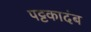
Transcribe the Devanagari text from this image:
पट्टकादंब